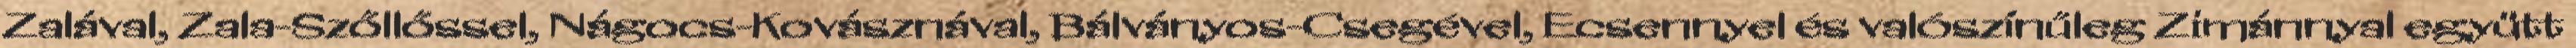
Zalával, Zala-Szőllőssel, Nágocs-Kovásznával, Bálványos-Csegével, Ecsennyel és valószínűleg Zimánnyal együtt